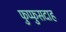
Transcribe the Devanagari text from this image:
फुप्फुसदाह